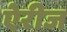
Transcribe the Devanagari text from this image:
ऐरीज